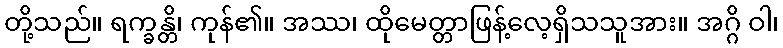
တို့သည်။ ရက္ခန္တိ၊ ကုန်၏။ အဿ၊ ထိုမေတ္တာဖြန့်လေ့ရှိသသူအား။ အဂ္ဂိ ဝါ၊